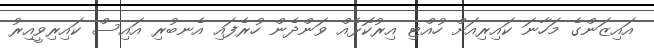
އައިޒަންގެ މަހާނަ ކައިރިއަށް ހުއްޓި އިރުކޮޅެއް ވަންދެން ހުރެފައި އެނބުރި އައިސް ކައިރިވީއިރު